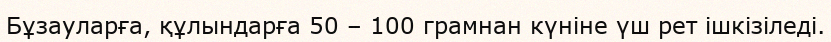
Бұзауларға, құлындарға 50 – 100 грамнан күніне үш рет ішкізіледі.